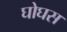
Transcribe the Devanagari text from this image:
घोघस